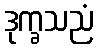
ဒုက္ခသညံ